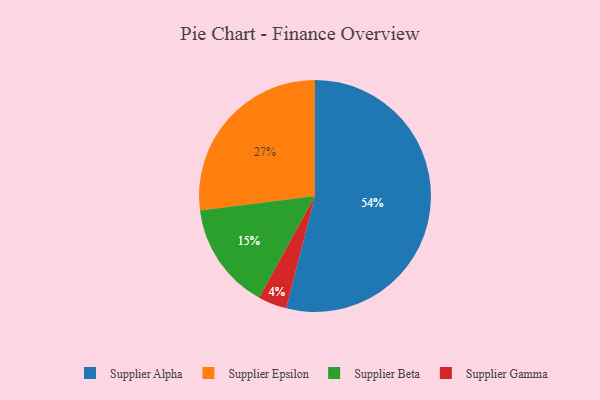
{"axis": {"x": "Category", "y": "Percentage"}, "legend": ["Supplier Alpha", "Supplier Beta", "Supplier Epsilon", "Supplier Gamma"], "data": [{"x": "Supplier Alpha", "y": 54, "type": "Supplier Alpha"}, {"x": "Supplier Beta", "y": 15, "type": "Supplier Beta"}, {"x": "Supplier Epsilon", "y": 27, "type": "Supplier Epsilon"}, {"x": "Supplier Gamma", "y": 4, "type": "Supplier Gamma"}]}